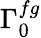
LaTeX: \Gamma_{0}^{fg}